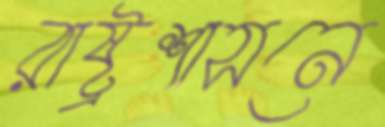
রাষ্ট্রশাসনে